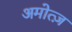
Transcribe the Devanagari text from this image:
अमोत्ज़